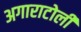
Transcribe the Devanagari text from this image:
अगाराटोली